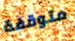
متوقفة